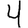
Digit: 4